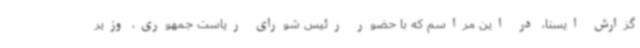
گزارش ایسنا، در این مراسم که با حضور رئیس شورای ریاست جمهوری، وزیر